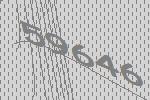
59646